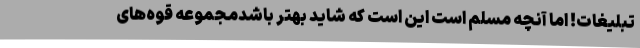
تبلیغات! اما آنچه مسلم است این است که شاید بهتر باشدمجموعه قوه‌های